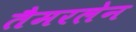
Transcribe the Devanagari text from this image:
तैमरलेन